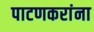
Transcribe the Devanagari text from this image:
पाटणकरांना